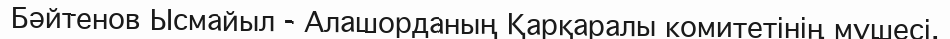
Бәйтенов Ысмайыл - Алашорданың Қарқаралы комитетінің мүшесі.